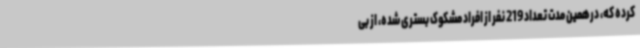
کرده که، درهمین مدت تعداد 219 نفر از افراد مشکوک بستری شده، از بی